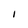
Character: 1